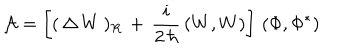
{ \cal A } = \left[ ( \, \Delta \, W \, ) _ { R } \, + \, \frac { i } { 2 \, \hbar } \, ( W , W ) \right] \, ( \Phi , \Phi ^ { * } )